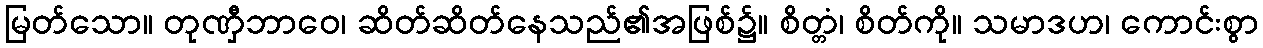
မြတ်သော။ တုဏှီဘာဝေ၊ ဆိတ်ဆိတ်နေသည်၏အဖြစ်၌။ စိတ္တံ၊ စိတ်ကို။ သမာဒဟ၊ ကောင်းစွာ